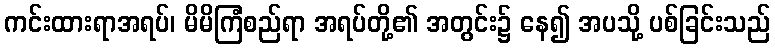
ကင်းထားရာအရပ်၊ မိမိကြံစည်ရာ အရပ်တို့၏ အတွင်း၌ နေ၍ အပသို့ ပစ်ခြင်းသည်